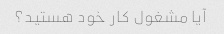
آیا مشغول کار خود هستید؟